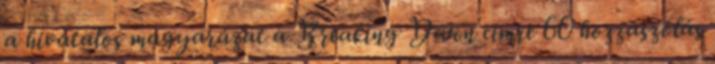
a hivatalos magyarázat a Breaking Dawn címre 60 hozzászólás